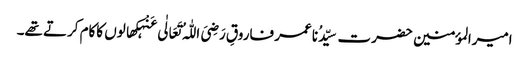
امیرالمؤمنین حضرت سیِّدُنا عمر فاروقِ رَضِیَ اللّٰہُ تَعَالٰی عَنْہکھالوں کاکام کرتے تھے۔